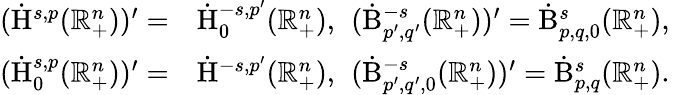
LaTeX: \begin{array}{rl}{(\dot{\mathrm{H}}^{s,p}(\mathbb{R}_{+}^{n}))^{\prime}=}&{\dot{\mathrm{H}}_{0}^{-s,p^{\prime}}(\mathbb{R}_{+}^{n})\mathrm{,~}\, (\dot{\mathrm{B}}_{p^{\prime},q^{\prime}}^{-s}(\mathbb{R}_{+}^{n}))^{\prime}=\dot{\mathrm{B}}_{p,q,0}^{s}(\mathbb{R}_{+}^{n})\mathrm{,~}}\\ {(\dot{\mathrm{H}}_{0}^{s,p}(\mathbb{R}_{+}^{n}))^{\prime}=}&{\dot{\mathrm{H}}^{-s,p^{\prime}}(\mathbb{R}_{+}^{n})\mathrm{,~}\, (\dot{\mathrm{B}}_{p^{\prime},q^{\prime},0}^{-s}(\mathbb{R}_{+}^{n}))^{\prime}=\dot{\mathrm{B}}_{p,q}^{s}(\mathbb{R}_{+}^{n})\mathrm{.~}}\end{array}